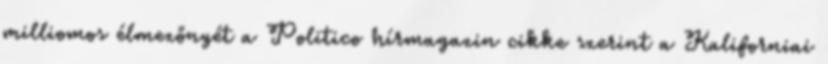
milliomos élmezőnyét a Politico hírmagazin cikke szerint a Kaliforniai